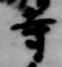
寺